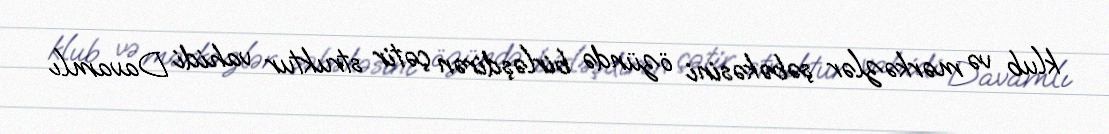
klub və mərkəzlər şəbəkəsini özündə birləşdirən çətir struktur vahidi Davamlı